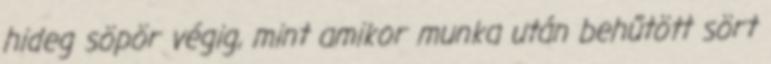
hideg söpör végig, mint amikor munka után behűtött sört